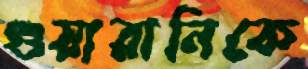
গুয়ারানিকে